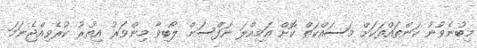
މިބުނެވުނު ކަންތައްތަކަށް މަސައްކަތް ކޮށް އަމިއްލަ ނަފްސަށް ލޯބިވާ މިންވަރު އިތުރު ކުރެވިއްޖެނަމަ